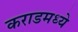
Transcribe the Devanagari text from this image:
कराडमध्ये